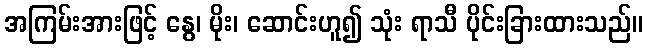
အကြမ်းအားဖြင့် နွေ၊ မိုး၊ ဆောင်းဟူ၍ သုံး ရာသီ ပိုင်းခြားထားသည်။